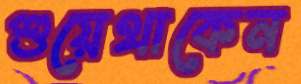
শুয়েথাকেন